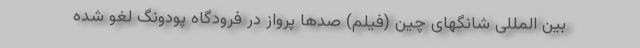
بین المللی شانگهای چین (فیلم) صد‌ها پرواز در فرودگاه پودونگ لغو شده